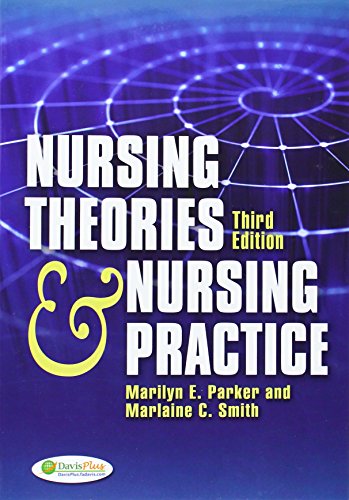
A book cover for Nursing Theories and Nursing Practice ( Third Edition ); Marilyn E. Parker RN  PhD  FAAN; Medical Books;